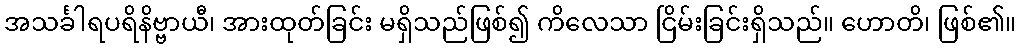
အသင်္ခါရပရိနိဗ္ဗာယီ၊ အားထုတ်ခြင်း မရှိသည်ဖြစ်၍ ကိလေသာ ငြိမ်းခြင်းရှိသည်။ ဟောတိ၊ ဖြစ်၏။